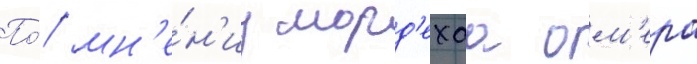
По́ мн'е́н'иу морд'ехаа ом'ера